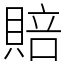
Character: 賠